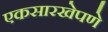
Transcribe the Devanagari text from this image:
एकसारखेपणे